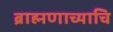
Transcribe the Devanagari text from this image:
ब्राह्मणाच्याचि